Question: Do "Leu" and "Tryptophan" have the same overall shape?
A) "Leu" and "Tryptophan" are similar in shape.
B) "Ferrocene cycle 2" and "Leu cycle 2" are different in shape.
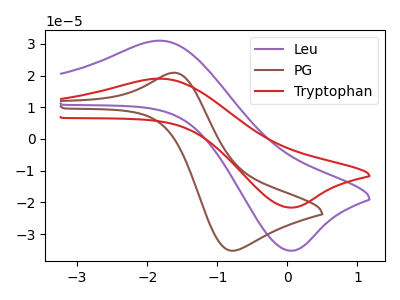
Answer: <think>The purple curve "Leu" has an anodic peak at (-1.80V, 31.00uA) and a cathodic peak at (0.00V, -35.20uA). The brown curve "PG" has an anodic peak at (-1.60V, 20.90uA) and a cathodic peak at (-0.80V, -35.25uA). The red curve "Tryptophan" has an anodic peak at (-1.80V, 19.05uA) and a cathodic peak at (0.00V, -21.60uA).
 All the peaks in "Leu" have a peak in "Tryptophan" at the same potential. Every peak in "Leu" is higher than every peak in "Tryptophan".</think>
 <answer>A) "Leu" and "Tryptophan" are similar in shape.</answer>
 <eval>A</eval>